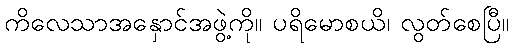
ကိလေသာအနှောင်အဖွဲ့ကို။ ပရိမောစယိ၊ လွတ်စေပြီ။